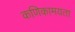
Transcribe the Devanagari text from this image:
कणिकामयता